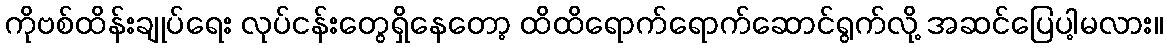
ကိုဗစ်ထိန်းချုပ်ရေး လုပ်ငန်းတွေရှိနေတော့ ထိထိရောက်ရောက်ဆောင်ရွက်လို့ အဆင်ပြေပါ့မလား။